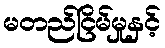
မတည်ငြိမ်မှုနှင့်